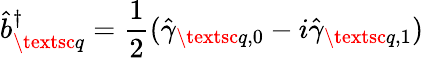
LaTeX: \hat{b}_{\textsc{q}}^{\dagger}=\frac{1}{2}(\hat{\gamma}_{\textsc{q},0}-i\hat{\gamma}_{\textsc{q},1})